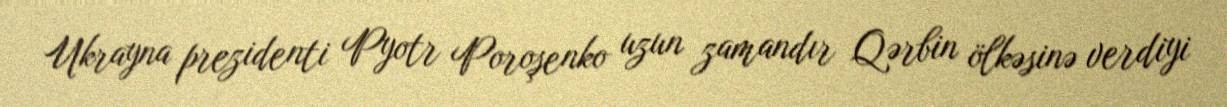
Ukrayna prezidenti Pyotr Poroşenko uzun zamandır Qərbin ölkəsinə verdiyi